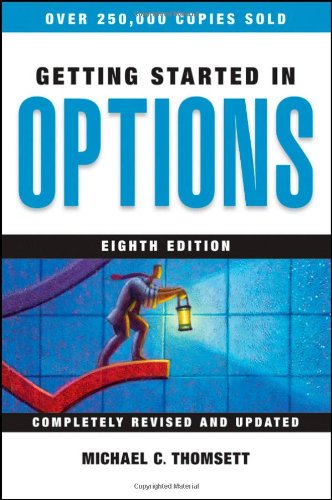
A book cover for Getting Started in Options; Michael C. Thomsett; Business & Money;